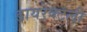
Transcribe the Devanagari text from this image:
डायरेक्टली